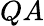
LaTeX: QA